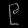
Digit: ၉